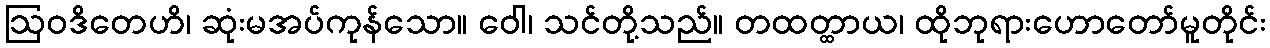
ဩဝဒိတေဟိ၊ ဆုံးမအပ်ကုန်သော။ ဝေါ၊ သင်တို့သည်။ တထတ္ထာယ၊ ထိုဘုရားဟောတော်မူတိုင်း